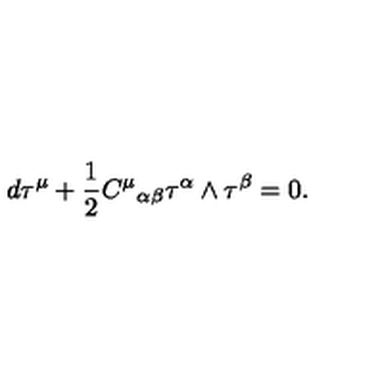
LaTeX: d { \bf \tau } ^ { \mu } + \frac { 1 } { 2 } { C ^ { \mu } } _ { \alpha \beta } { \bf \tau } ^ { \alpha } \wedge { \bf \tau } ^ { \beta } = 0 .